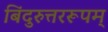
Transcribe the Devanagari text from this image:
बिंदुरुत्तररूपम्